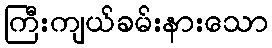
ကြီးကျယ်ခမ်းနားသော